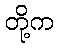
တို့က